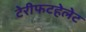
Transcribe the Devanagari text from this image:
टेरीफटहेलेट